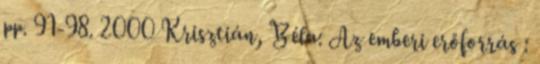
pp. 91-98. 2000 Krisztián, Béla: Az emberi erőforrás :